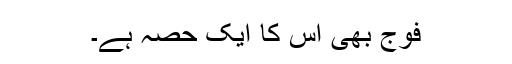
فوج بھی اس کا ایک حصہ ہے۔